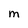
Character: M